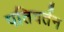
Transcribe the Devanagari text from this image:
पतिवर्तन